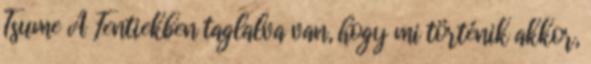
Tsume A Fentiekben taglalva van, hogy mi történik akkor,